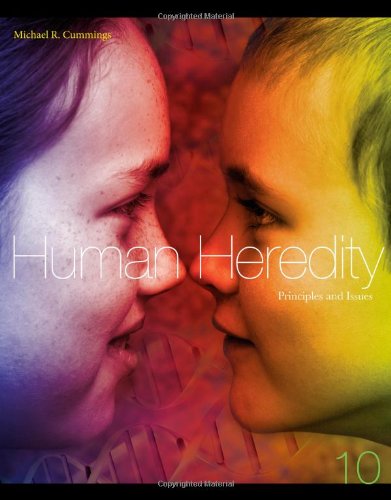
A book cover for Human Heredity: Principles and Issues; Michael Cummings; Science & Math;